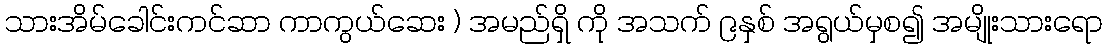
သားအိမ်ခေါင်းကင်ဆာ ကာကွယ်ဆေး ) အမည်ရှိ ကို အသက် ၉နှစ် အရွယ်မှစ၍ အမျိုးသားရော